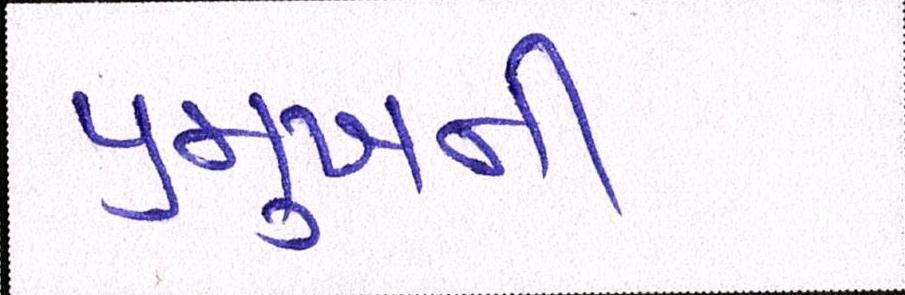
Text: પ્રમુખની